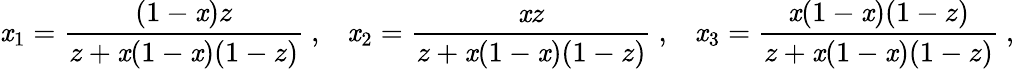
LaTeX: \mathit{x}_{1}=\frac{{(1-\mathit{x})z}}{{z+\mathit{x}(1-\mathit{x})(1-z)}}~,\; \; \; \mathit{x}_{2}=\frac{{\mathit{x}z}}{{z+\mathit{x}(1-\mathit{x})(1-z)}}~,\; \; \; \mathit{x}_{3}=\frac{{\mathit{x}(1-\mathit{x})(1-z)}}{{z+\mathit{x}(1-\mathit{x})(1-z)}}~,